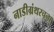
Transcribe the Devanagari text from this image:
नाडीग्रंथरचना